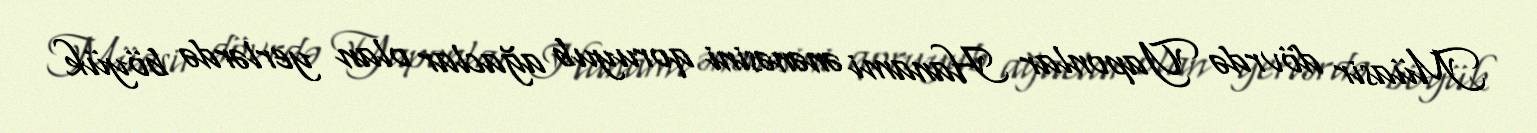
Müasir dövrdə Yaponlar Hanami ənənəsini qoruyub ağaclar olan yerlərdə böyük